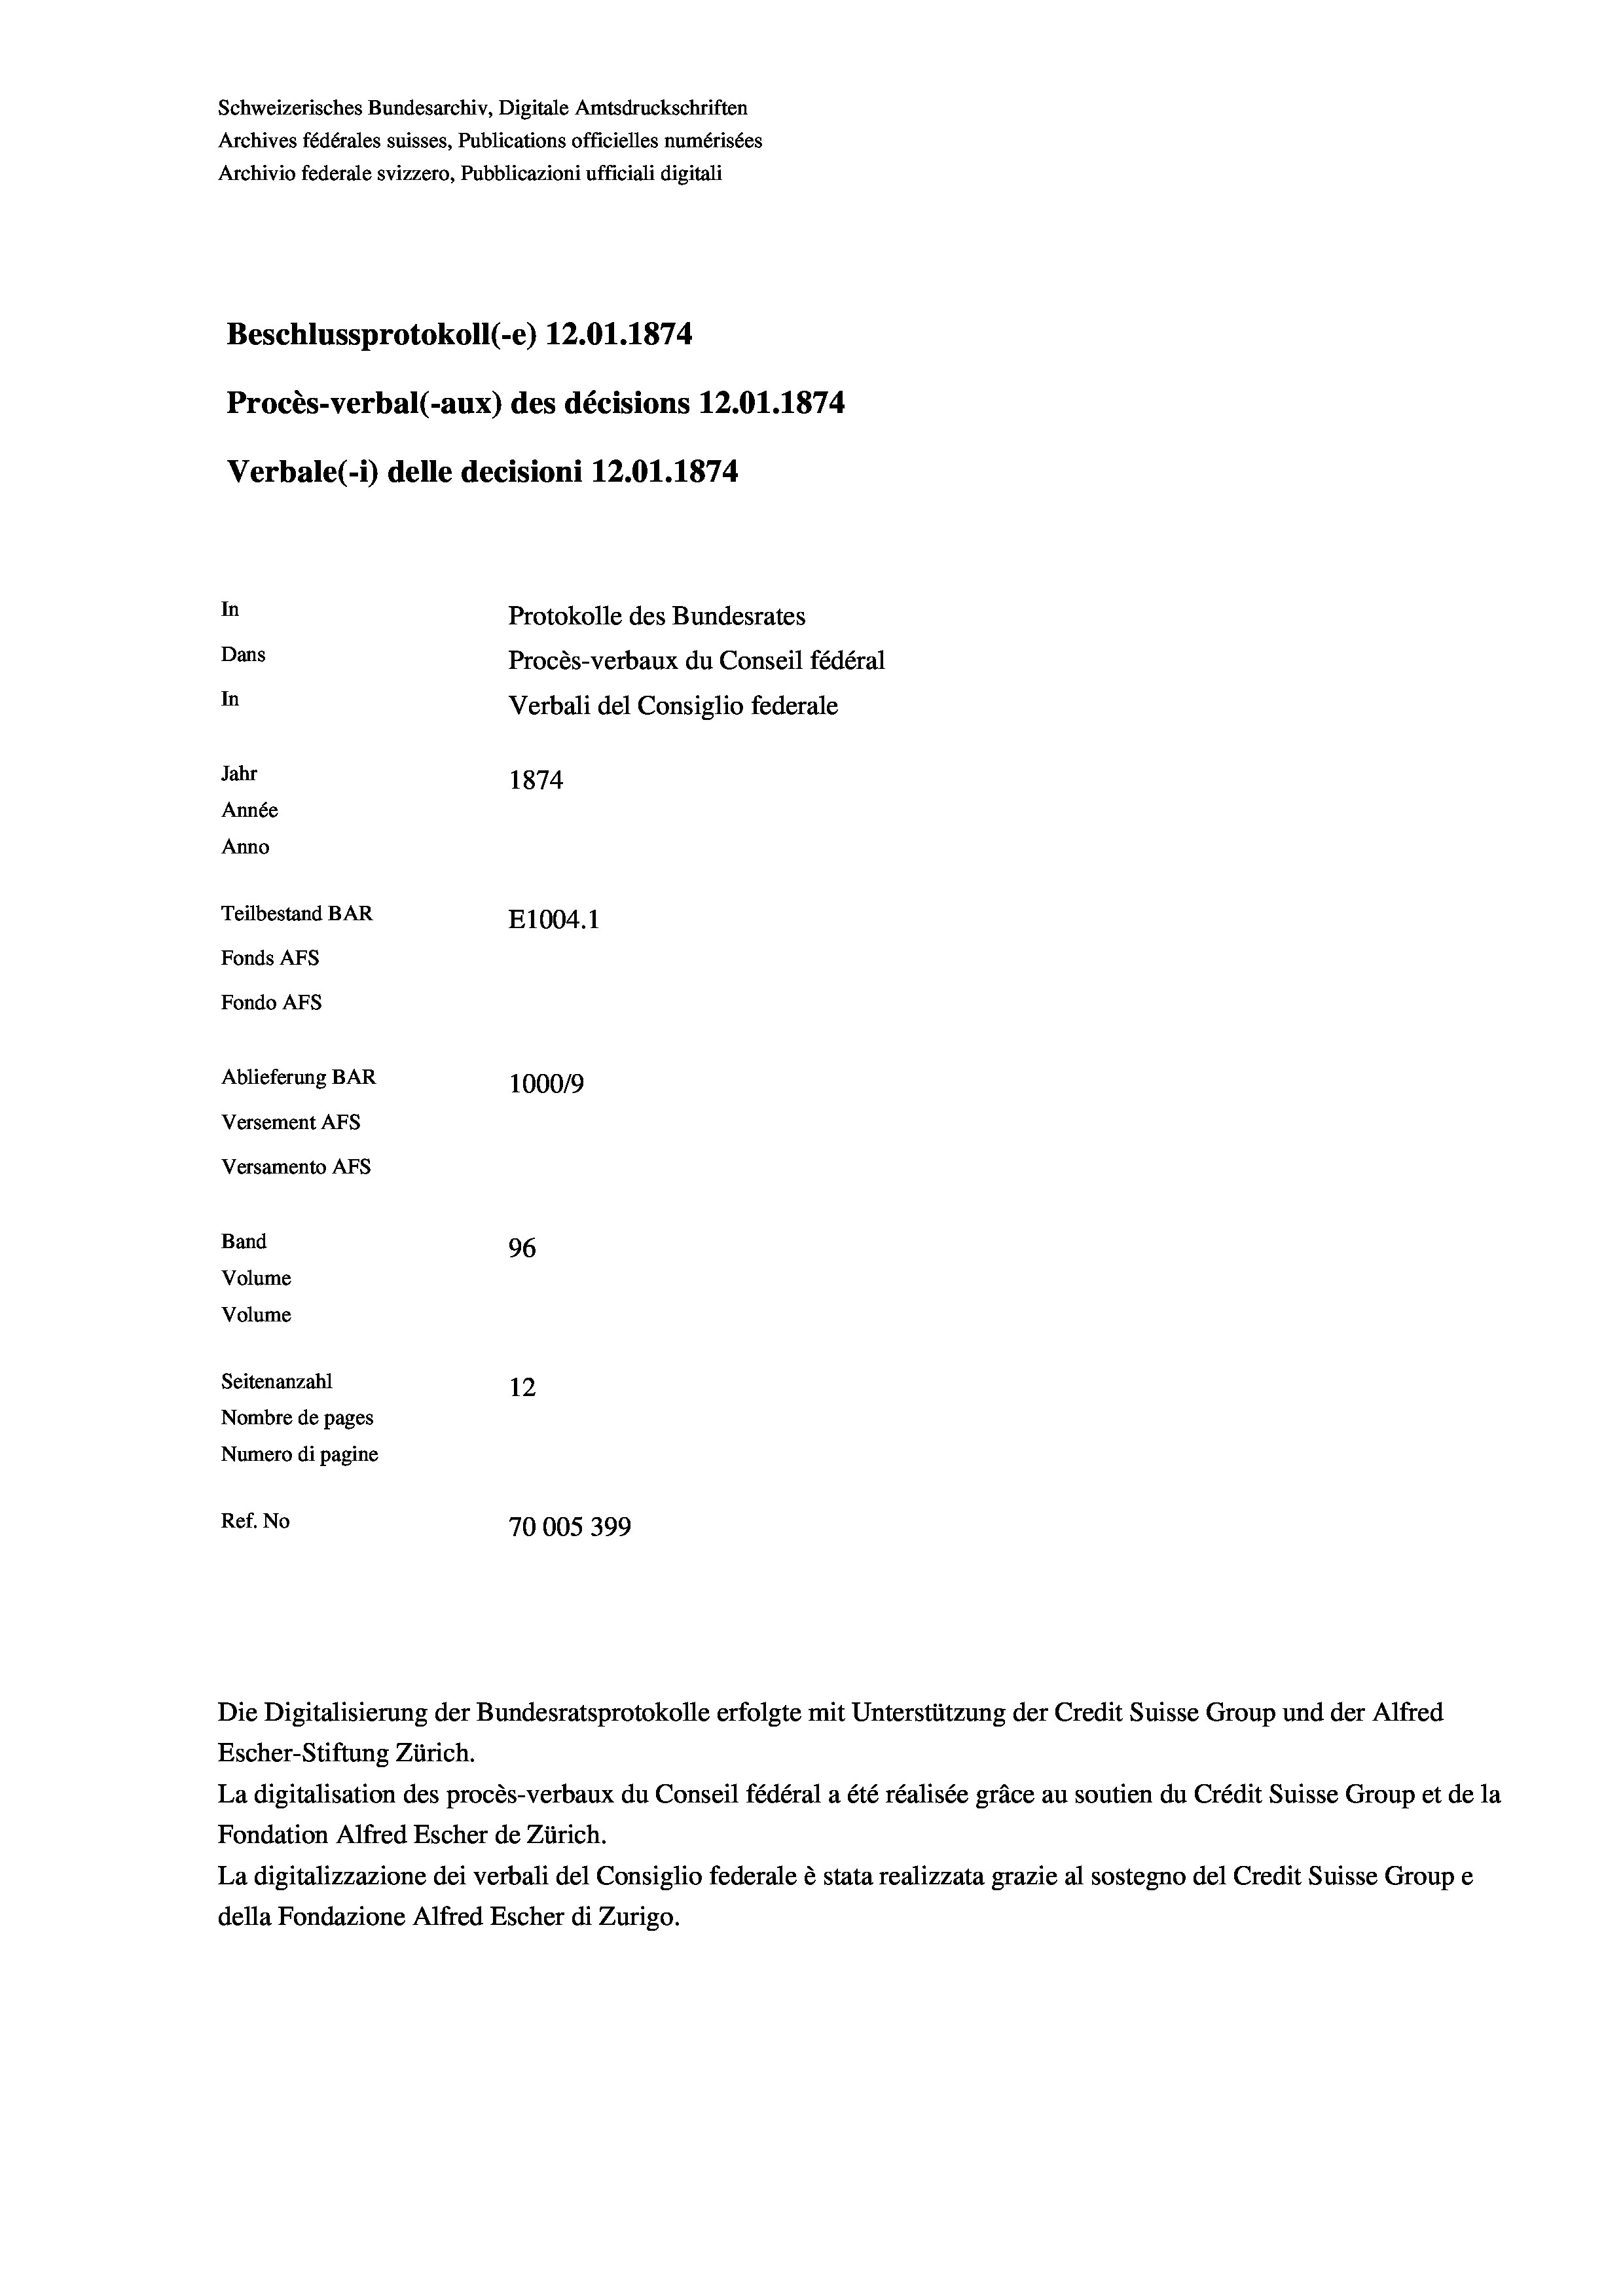
Schweizerisches Bundesarchiv, Digitale Amtsdruckschriften
Archives fédérales suisses, Publications officielles numérisées
Archivio federale svizzero, Pubblicazioni ufficiali digitali
Beschlussprotokoll (-e) 12.01. 1874
Procès-verbal (-aux) des décisions 12.01. 1874
Verbale(-*) delle decisioni 12.01. 1874
In
Protokolle des Bundesrates
Dans
Procès-verbaux du Conseil fédéral
In
Verbali del Consiglio federale
Jahr
1874
Année
Anno
Teilbestand BAR
E1004. 1
Fonds AFs
Fondo AFs
Ablieferung BAR
1000/9
Versement Abs
Versamento Afs
Band
96
Volume
Volume

Seitenanzahl
12
Nombre de pages
Numero di pagine
Ref. No
70005399

Escher-Stiftung Zürich.
La digitalisation des procès-verbaux du Conseil fédéral a été réalisée gräce au soutien du Crédit Suisse Group et de la
Fondation Alfred Escher de Zürich.
La digitalizzazione dei verbali del Consiglio federale è stata realizzata grazie al sostegno del Credit Suisse Groupe
della Fondazione Alfred Escher di Zurigo.

Die Digitalisierung der Bundesratsprotokolle erfolgte mit Unterstützung der Credit Suisse Group und der Alfred